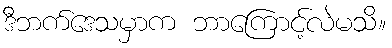
ဒီဘက်ဒေသမှာက ဘာကြောင့်လဲမသိ။